Vaccination United Provinces of Agra and Oudh 1914-1922 - 1914-1922
Year: 1914
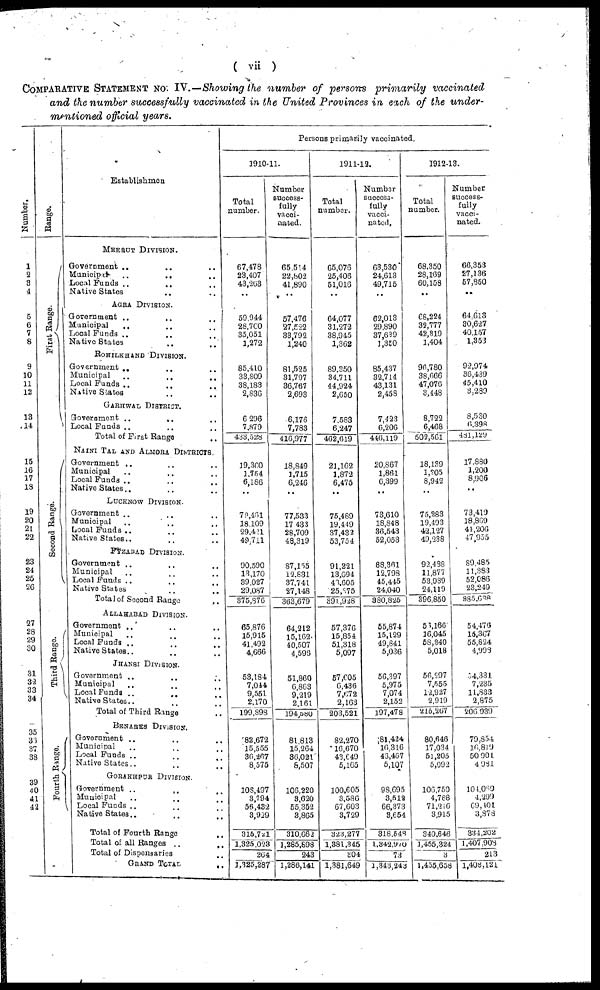
( vii )
COMPARATIVE STATEMENT No. IV.—Showing the number of persons primarily vaccinated
and the number successfully vaccinated in the United Provinces in each of the under-
mentioned official years.
Number.
1
2
3
4
5
6
7
8
9
10
11
12
13
14
15
16
17
18
19
20
21
22
23
24
25
26
27
28
29
30
31
32
33
34
35
36
37
38
39
40
41
45
Range.
First Range.
Second Range.
Third Range.
Fourth Range.
Establishmen
MEERUT DIVISION.
Government ..
..
..
Municipal
..
.. ..
Local Funds .. .. ..
Native States
.. ..
AGRA DIVISION.
Gorernment .. .. ..
Municipal
..
..
..
Local Funds .. .. ..
Native States
..
.. ..
ROHILKHAND DIVISION.
Government .. .. ..
Municipal
..
..
..
Local Funds ..
..
..
Native States
..
..
GARHWAL DISTRICT.
Government ..
.. ..
Local Funds .. .. ..
Total of First Range ..
NAINI TAL AND ALMORA DISTRICTS.
Government .. .. ..
Municipal .. .. ..
Local Funds ..
..
..
Native States..
..
..
LUCKNOW DIVISION.
Government .. .. ..
Municipal
..
..
..
Local Funds ..
..
..
Native States..
..
..
FYZABAD DIVISION.
Government .. .. ..
Municipal
..
..
..
Local Funds ..
..
..
Native States
..
.. ..
Total of Second Range ..
ALLAHABAD DIVISION.
Government .. .. ..
Municipal .. .. ..
Local Funds ..
..
..
Native States..
..
..
JHANSI DIVISION.
Government .. .. ..
Municipal
..
.. ..
Local Funds ..
.. ..
Native States..
..
..
Total of Third Range ..
BENARES DIVISION.
Government .. .. ..
Municipal .. .. ..
Local Funds ..
..
..
Native States..
.. ..
GORAKHPUR DIVISION.
Government .. .. ..
Municipal .. .. ..
Local Funds ..
..
..
Native States..
..
..
Total of Fourth Range ..
Total of all Ranges .. ..
Total of Dispensaries ..
GRAND TOTAL
..
Persons primarily vaccinated.
1910-11.
Total
number.
67,478
23,407
43,263
..
59,944
28,700
35,051
1,272
85,410
33,809
38,183
2,836
6,296
7,879
433,528
19,360
1,754
6 186
..
79,461
18,109
29,421
49,711
90,590
13,170
39,027
29,087
375,876
65,876
15,915
41,492
4,666
53,184
7,044
9,551
2,170
199,898
82,672
15,555
36,267
8,575
108,497
3,794
56,432
3,929
315,721
1,325,023
264
1,325,287
Number
success-
fully
vacci¬
nated.
65,51 4
22,802
41,890
..
57,476
27,522
33,792
1,240
81,525
31,797
36,767
2,693
6,176
7,783
416,977
18,849
1,715
6,246
..
77,533
17,433
28,709
48,319
87,155
12,831
37,741
27,148
363,679
64,212
15,162
40,507
4,596
51,860
6,863
9,219
2,161
194,580
81,813
15,264
36,021
8,507
106,220
3,620
55,352
3,865
310,662
1,285,898
243
1,286,141
1911-12.
Total
number.
65,076
25,406
51,016
..
64,077
31,272
38,945
1,362
89,350
34,711
44,924
2,650
7,583
6,247
462,619
21,162
1,872
6,475
..
75,489
19,449
37,432
53,754
91,221
13,094
46,605
25,375
391,928
57,376
15,854
51,318
5,097
57,605
6,436
7,672
2,163
203,521
82,270
16,670
43,649
5,165
100,605
3,586
67,603
3,729
323,277
1,381,345
304
1,381,649
Number
success-
fully
vacci-
nated.
63,530
24,613
49,715
..
62,013
29,890
37,639
1.350
85,437
32,714
43,131
2,458
7,423
6,206
446,119
20,867
1,861
6,399
..
73,610
18,848
36,543
52,053
88,361
12,798
45,415
24,040
380,825
55,874
15,129
49,841
5,036
56,397
5,975
7,074
2,152
197,478
81,424
10,316
43,467
5,107
98,695
3,512
66,373
3,654
318,548
1,342,970
73
1,343,243
1912-13.
Total
number.
68,350
28,169
60,158
..
68,224
32,777
42,319
1,404
96,780
38,666
47,076
3,448
8,722
6,468
502,561
18,139
1,205
8,942
..
75,283
19,493
42,127
49,238
92,488
11,877
53,939
24,119
396,850
56,166
16,045
58,340
5,018
56,297
7,555
12,927
2,919
215,267
80,646
17,034
51,205
5,092
106,750
4,768
71,216
3,915
340,646
1,455,324
3
1,455,658
Number
success-
fully
vacci-
nated.
66,353
27,136
57,850
..
64,613
30,627
40,157
1,353
92,974
36,439
45,410
3,289
8,530
6,398
481,129
17,880
1,200
8,906
..
73,419
18,869
41,206
47,955
89,485
11,383
52,086
23,249
385,638
54,476
15,367
55,824
4,998
54,331
7,235
11,833
2,875
206,939
79,854
16,819
50,901
4,981
104.069
4,299
69,101
3,878
334,202
l,407,908
213
1,408,121